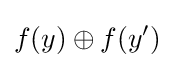
f(y)\oplus f(y')